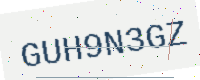
Text: GUH9N3GZ